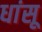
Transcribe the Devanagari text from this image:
धांसू